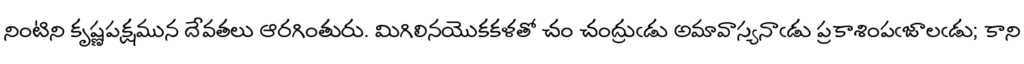
నింటిని కృష్ణపక్షమున దేవతలు ఆరగింతురు. మిగిలినయొకకళతో చం చంద్రుఁడు అమావాస్యనాఁడు ప్రకాశింపఁజాలఁడు; కాని